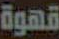
قهوة